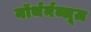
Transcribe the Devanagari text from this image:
नॉर्थर्नब्लूज़